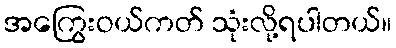
အကြွေးဝယ်ကတ် သုံးလို့ရပါတယ်။